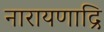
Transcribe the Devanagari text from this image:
नारायणाद्रि